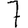
Digit: 7